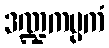
ဒဏ္ဍကပ္ပကံ